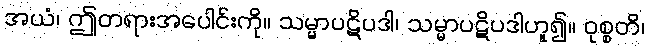
အယံ၊ ဤတရားအပေါင်းကို။ သမ္မာပဋိပဒါ၊ သမ္မာပဋိပဒါဟူ၍။ ဝုစ္စတိ၊